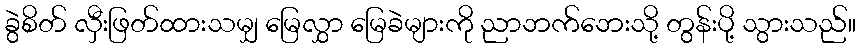
ခွဲစိတ် လှီးဖြတ်ထားသမျှ မြေလွှာ မြေခဲများကို ညာဘက်ဘေးသို့ တွန်းပို့ သွားသည်။